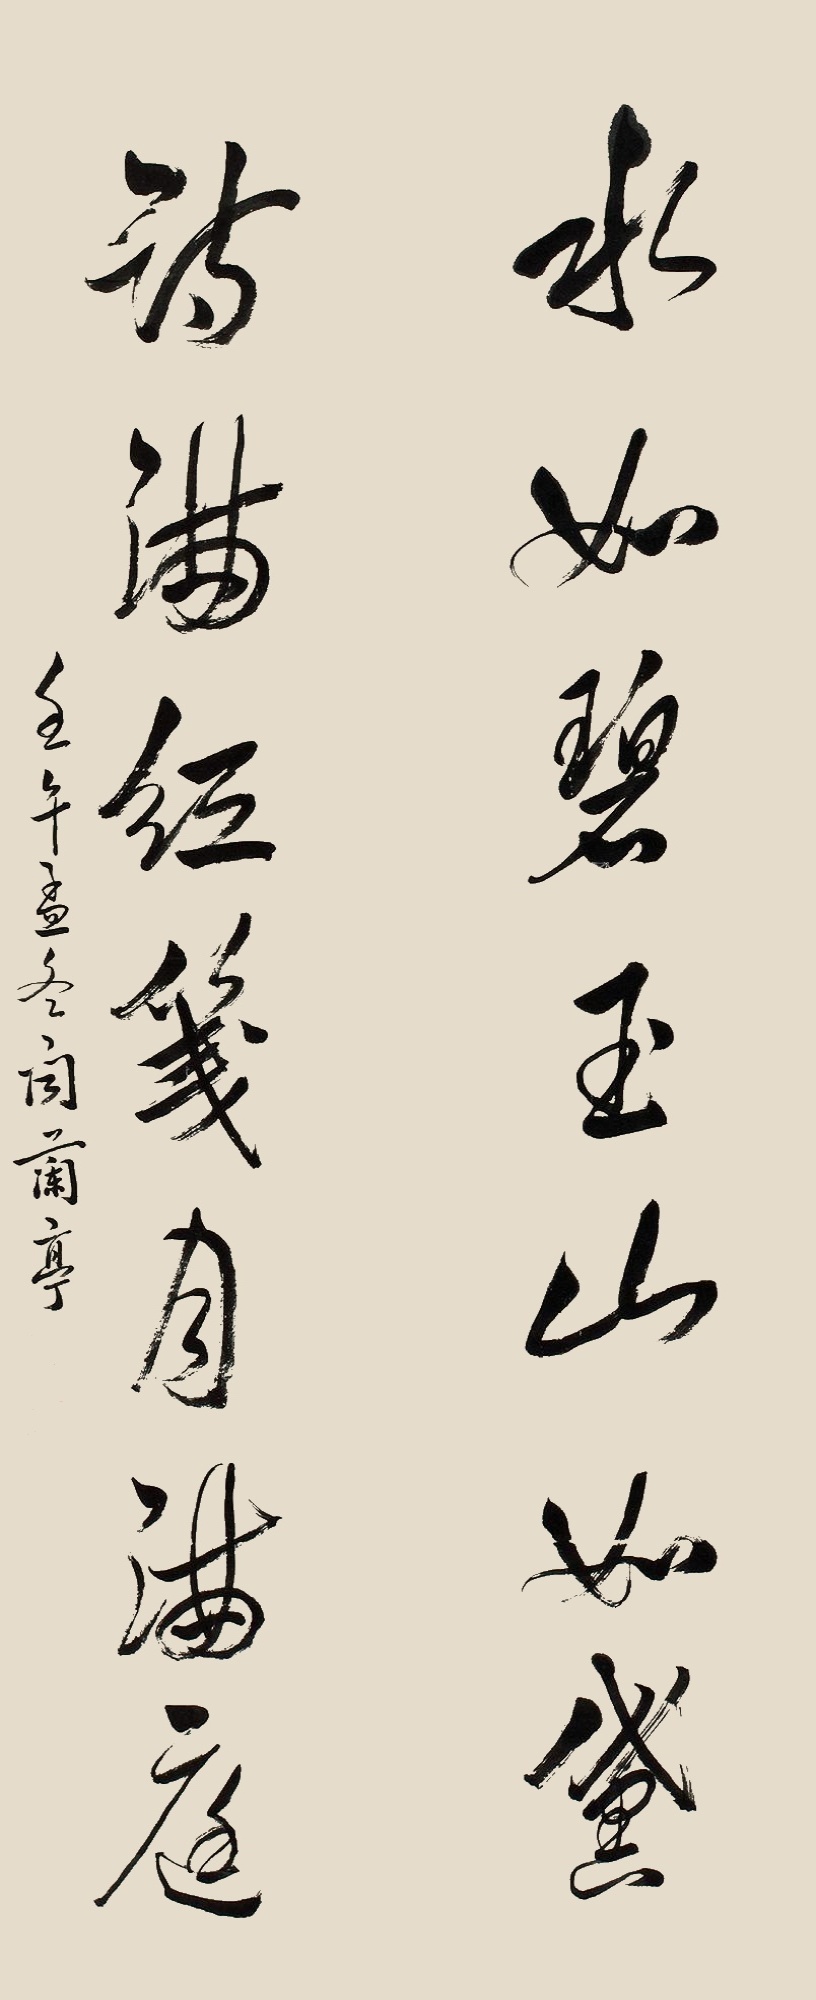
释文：水如碧玉山如黛，诗满红笺月满庭。壬午孟冬，闻兰亭。